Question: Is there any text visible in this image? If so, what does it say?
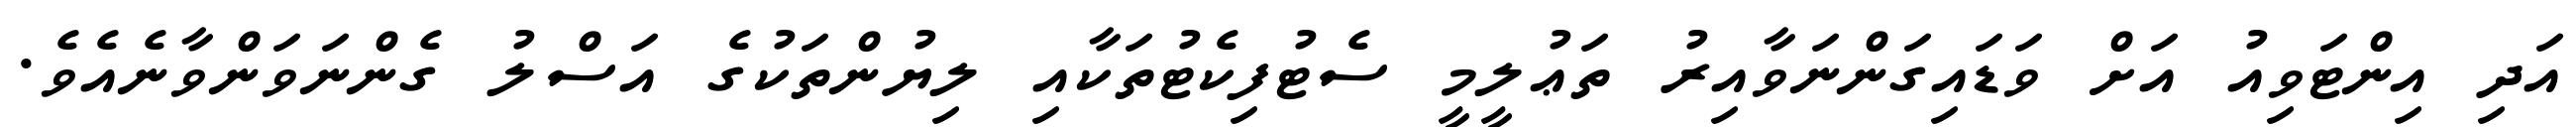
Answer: އަދި އިންޓަވިއު އަށް ވަޑައިގަންނަވާއިރު ތަޢުލީމީ ސެޓުފިކެޓުތަކާއި ލިޔުންތަކުގެ އަސްލު ގެންނަވަންވާނެއެވެ.